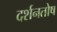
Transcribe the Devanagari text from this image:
दर्शनतोष